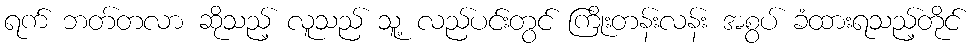
ရက် ဘတ်တလာ ဆိုသည့် လူသည် သူ့ လည်ပင်းတွင် ကြိုးတန်းလန်း အစွပ် ခံထားရသည့်တိုင်